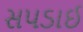
સપડાઈ